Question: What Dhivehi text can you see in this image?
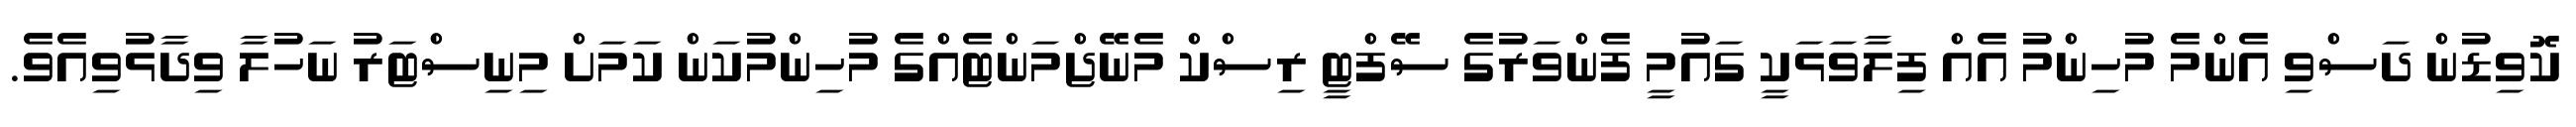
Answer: ކޮވިޑުން ދަސްވި އެންމެ މުހިންމު އެއް ފިލާވަޅަކީ ގައުމީ ފެންވަރުގެ ސޭފްޓީ ރިސްކް މެނޭޖްމަންޓެއްގެ މުހިންމުކަން ކަމަށް މިނިސްޓަރު ނަހުލާ ވިދާޅުވިއެވެ.